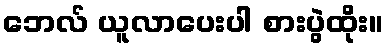
ဘေလ် ယူလာပေးပါ စားပွဲထိုး။